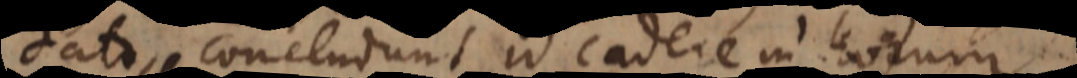
dato, concludunt id cadere in horum